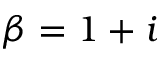
\beta = 1 + i